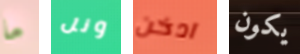
ما ونل ادخن يكون